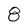
Character: 8